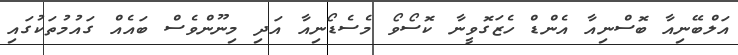
އަލްބޭނިއާ ބޮސްނިއާ އެންޑް ހެޒަގޮވީނާ ކޮސޯވޯ މެސެޑޯނިއާ އަދި މިނޫންވެސް ބައެއް ގައުމުތަކުގައި